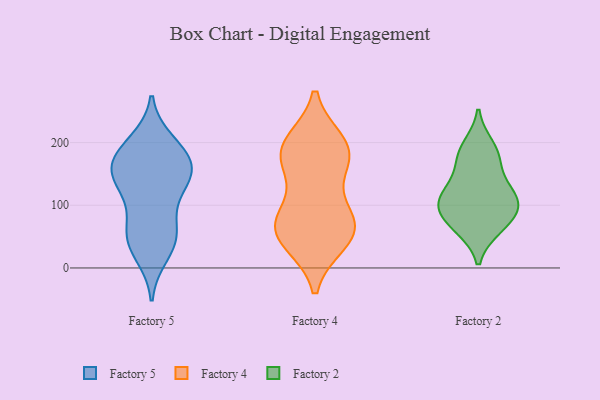
{"axis": {"x": "Market Share (%)", "y": "Value"}, "legend": ["Factory 2", "Factory 4", "Factory 5"], "data": [{"x": "", "y": 154, "type": "Factory 5"}, {"x": "", "y": 115, "type": "Factory 5"}, {"x": "", "y": 55, "type": "Factory 5"}, {"x": "", "y": 200, "type": "Factory 5"}, {"x": "", "y": 172, "type": "Factory 5"}, {"x": "", "y": 22, "type": "Factory 5"}, {"x": "", "y": 194, "type": "Factory 5"}, {"x": "", "y": 127, "type": "Factory 5"}, {"x": "", "y": 143, "type": "Factory 5"}, {"x": "", "y": 63, "type": "Factory 5"}, {"x": "", "y": 173, "type": "Factory 5"}, {"x": "", "y": 54, "type": "Factory 5"}, {"x": "", "y": 163, "type": "Factory 5"}, {"x": "", "y": 38, "type": "Factory 5"}, {"x": "", "y": 152, "type": "Factory 5"}, {"x": "", "y": 52, "type": "Factory 4"}, {"x": "", "y": 152, "type": "Factory 4"}, {"x": "", "y": 200, "type": "Factory 4"}, {"x": "", "y": 73, "type": "Factory 4"}, {"x": "", "y": 43, "type": "Factory 4"}, {"x": "", "y": 70, "type": "Factory 4"}, {"x": "", "y": 41, "type": "Factory 4"}, {"x": "", "y": 183, "type": "Factory 4"}, {"x": "", "y": 83, "type": "Factory 4"}, {"x": "", "y": 200, "type": "Factory 4"}, {"x": "", "y": 78, "type": "Factory 4"}, {"x": "", "y": 181, "type": "Factory 4"}, {"x": "", "y": 177, "type": "Factory 4"}, {"x": "", "y": 98, "type": "Factory 2"}, {"x": "", "y": 168, "type": "Factory 2"}, {"x": "", "y": 64, "type": "Factory 2"}, {"x": "", "y": 194, "type": "Factory 2"}, {"x": "", "y": 123, "type": "Factory 2"}, {"x": "", "y": 127, "type": "Factory 2"}, {"x": "", "y": 66, "type": "Factory 2"}, {"x": "", "y": 101, "type": "Factory 2"}, {"x": "", "y": 85, "type": "Factory 2"}, {"x": "", "y": 180, "type": "Factory 2"}, {"x": "", "y": 108, "type": "Factory 2"}]}